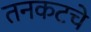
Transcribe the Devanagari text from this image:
तनकटचे